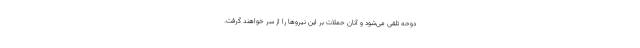
دوحه تلقی می‌شود و آنان حملات بر این نیروها را از سر خواهند گرفت.